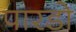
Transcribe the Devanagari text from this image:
पारडो